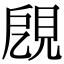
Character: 𧠞